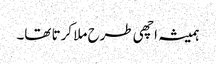
ہمیشہ اچھی طرح ملا کرتا تھا۔